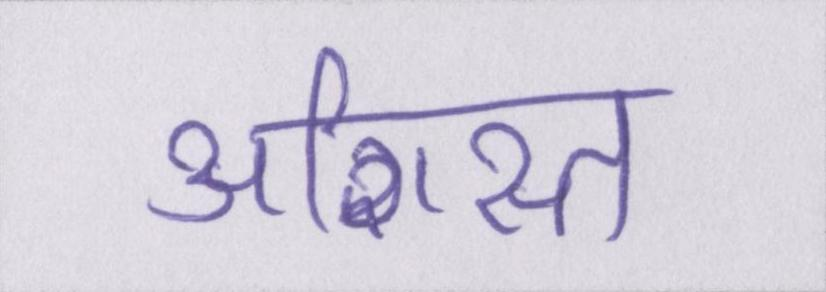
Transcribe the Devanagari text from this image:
अशिस्त